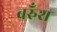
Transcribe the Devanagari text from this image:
बरुँश